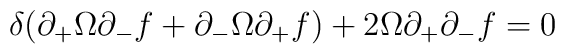
\delta(\partial_+\Omega\partial_-f + \partial_-\Omega\partial_+f)+2\Omega\partial_+\partial_-f =0